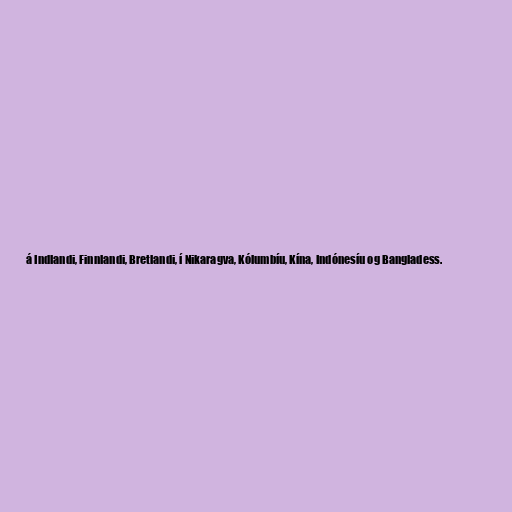
á Indlandi, Finnlandi, Bretlandi, í Nikaragva, Kólumbíu, Kína, Indónesíu og Bangladess.